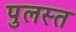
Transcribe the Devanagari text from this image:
पुलस्त